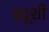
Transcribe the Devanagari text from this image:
ड्यूशी